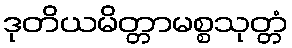
ဒုတိယမိတ္တာမစ္စသုတ္တံ